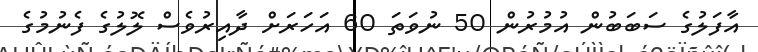
އާފަލުގެ ސަބަބުން އުމުރުން 50 ނުވަތަ 60 އަހަރަށް ދާއިރުވެސް ލޮލުގެ ފެނުމުގެ